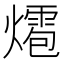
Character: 𤐊